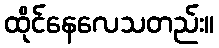
ထိုင်နေလေသတည်း။